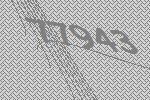
77943